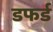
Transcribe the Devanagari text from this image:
डफर्ड